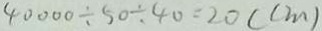
4 0 0 0 0 \div 5 0 \div 4 0 = 2 0 ( c m )